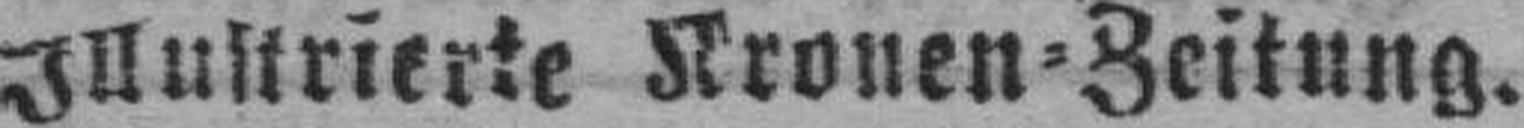
Illustrierte Kronen=Zeitung.